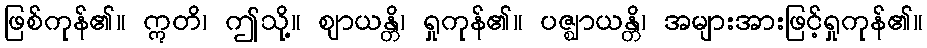
ဖြစ်ကုန်၏။ ဣတိ၊ ဤသို့။ ဈာယန္တိ၊ ရှုကုန်၏။ ပဇ္ဈာယန္တိ၊ အများအားဖြင့်ရှုကုန်၏။